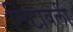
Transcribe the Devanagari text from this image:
मिटावली